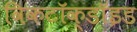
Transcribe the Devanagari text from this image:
विकटॉक्डॉइड